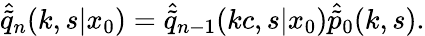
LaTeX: \hat{\tilde{q}}_{n}(k,s|x_{0})=\hat{\tilde{q}}_{n-1}(kc,s|x_{0})\hat{\tilde{p}}_{0}(k,s).